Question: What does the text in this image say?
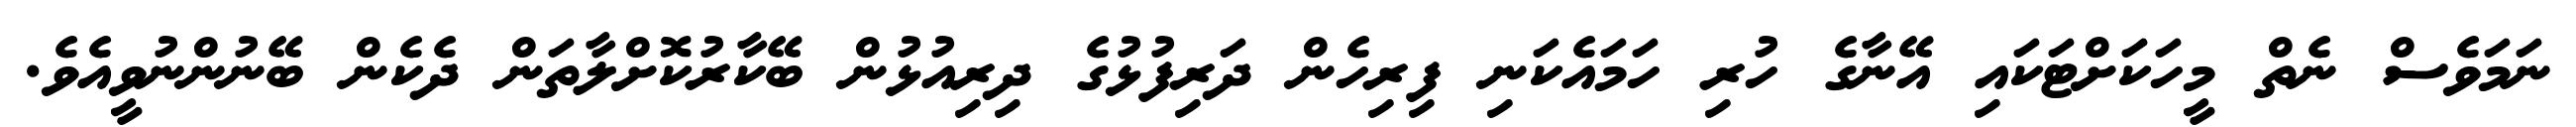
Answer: ނަމަވެސް ނެތް މީހަކަށްޓަކައި އޭނާގެ ހުރި ހަމައެކަނި ފިރިހެން ދަރިފުޅުގެ ދިރިއުޅުން ބޭކާރުކޮށްލާތަން ދެކެން ބޭނުންނުވީއެވެ.